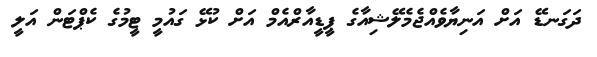
ދަގަނޑޭ އަށް އަނިޔާވެއްޖެމެލޭޝިއާގެ ޕީޑީއާރްއެމް އަށް ކުޅޭ ގައުމީ ޓީމުގެ ކެޕްޓަން އަލީ